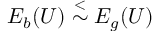
E _ { b } ( U ) \stackrel { < } { \sim } E _ { g } ( U )